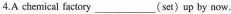
4.A chemical factory ___ ( set)up by now.